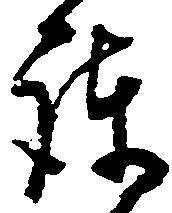
護